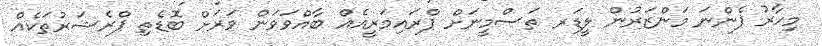
މިހާރު ފެންނަ މަންޒަރުން ލީޑަރ ތަސްމީނަށް ޕްރައިމަރީއެއް ބާއްވަވަން ވަރަށް ބޮޑެތި ޕްރެޝަރުތަކެއް